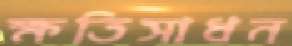
ক্ষতিসাধন